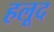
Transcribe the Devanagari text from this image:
हलूद